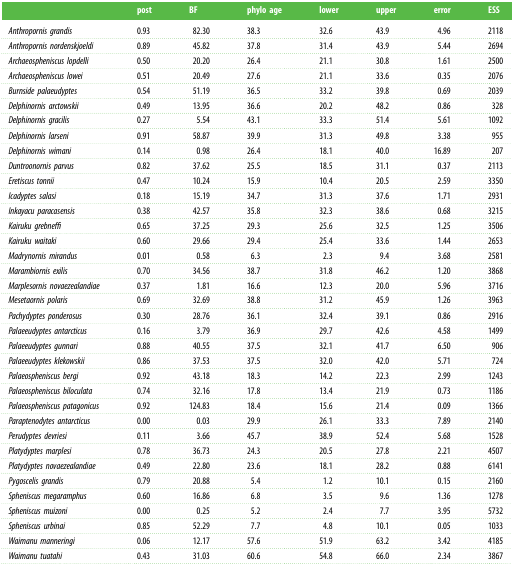
<table><thead><tr><td></td><td><b>post</b></td><td><b>BF</b></td><td><b>phylo age</b></td><td><b>lower</b></td><td><b>upper</b></td><td><b>error</b></td><td><b>ESS</b></td></tr></thead><tbody><tr><td><i>Anthropornis grandis</i></td><td>0.93</td><td>82.30</td><td>38.3</td><td>32.6</td><td>43.9</td><td>4.96</td><td>2118</td></tr><tr><td><i>Anthropornis nordenskjoeldi</i></td><td>0.89</td><td>45.82</td><td>37.8</td><td>31.4</td><td>43.9</td><td>5.44</td><td>2694</td></tr><tr><td><i>Archaeospheniscus lopdelli</i></td><td>0.50</td><td>20.20</td><td>26.4</td><td>21.1</td><td>30.8</td><td>1.61</td><td>2500</td></tr><tr><td><i>Archaeospheniscus lowei</i></td><td>0.51</td><td>20.49</td><td>27.6</td><td>21.1</td><td>33.6</td><td>0.35</td><td>2076</td></tr><tr><td><i>Burnside palaeudyptes</i></td><td>0.54</td><td>51.19</td><td>36.5</td><td>33.2</td><td>39.8</td><td>0.69</td><td>2039</td></tr><tr><td><i>Delphinornis arctowskii</i></td><td>0.49</td><td>13.95</td><td>36.6</td><td>20.2</td><td>48.2</td><td>0.86</td><td>328</td></tr><tr><td><i>Delphinornis gracilis</i></td><td>0.27</td><td>5.54</td><td>43.1</td><td>33.3</td><td>51.4</td><td>5.61</td><td>1092</td></tr><tr><td><i>Delphinornis larseni</i></td><td>0.91</td><td>58.87</td><td>39.9</td><td>31.3</td><td>49.8</td><td>3.38</td><td>955</td></tr><tr><td><i>Delphinornis wimani</i></td><td>0.14</td><td>0.98</td><td>26.4</td><td>18.1</td><td>40.0</td><td>16.89</td><td>207</td></tr><tr><td><i>Duntroonornis parvus</i></td><td>0.82</td><td>37.62</td><td>25.5</td><td>18.5</td><td>31.1</td><td>0.37</td><td>2113</td></tr><tr><td><i>Eretiscus tonnii</i></td><td>0.47</td><td>10.24</td><td>15.9</td><td>10.4</td><td>20.5</td><td>2.59</td><td>3350</td></tr><tr><td><i>Icadyptes salasi</i></td><td>0.18</td><td>15.19</td><td>34.7</td><td>31.3</td><td>37.6</td><td>1.71</td><td>2931</td></tr><tr><td><i>Inkayacu paracasensis</i></td><td>0.38</td><td>42.57</td><td>35.8</td><td>32.3</td><td>38.6</td><td>0.68</td><td>3215</td></tr><tr><td><i>Kairuku grebneffi</i></td><td>0.65</td><td>37.25</td><td>29.3</td><td>25.6</td><td>32.5</td><td>1.25</td><td>3506</td></tr><tr><td><i>Kairuku waitaki</i></td><td>0.60</td><td>29.66</td><td>29.4</td><td>25.4</td><td>33.6</td><td>1.44</td><td>2653</td></tr><tr><td><i>Madrynornis mirandus</i></td><td>0.01</td><td>0.58</td><td>6.3</td><td>2.3</td><td>9.4</td><td>3.68</td><td>2581</td></tr><tr><td><i>Marambiornis exilis</i></td><td>0.70</td><td>34.56</td><td>38.7</td><td>31.8</td><td>46.2</td><td>1.20</td><td>3868</td></tr><tr><td><i>Marplesornis novaezealandiae</i></td><td>0.37</td><td>1.81</td><td>16.6</td><td>12.3</td><td>20.0</td><td>5.96</td><td>3716</td></tr><tr><td><i>Mesetaornis polaris</i></td><td>0.69</td><td>32.69</td><td>38.8</td><td>31.2</td><td>45.9</td><td>1.26</td><td>3963</td></tr><tr><td><i>Pachydyptes ponderosus</i></td><td>0.30</td><td>28.76</td><td>36.1</td><td>32.4</td><td>39.1</td><td>0.86</td><td>2916</td></tr><tr><td><i>Palaeeudyptes antarcticus</i></td><td>0.16</td><td>3.79</td><td>36.9</td><td>29.7</td><td>42.6</td><td>4.58</td><td>1499</td></tr><tr><td><i>Palaeeudyptes gunnari</i></td><td>0.88</td><td>40.55</td><td>37.5</td><td>32.1</td><td>41.7</td><td>6.50</td><td>906</td></tr><tr><td><i>Palaeeudyptes klekowskii</i></td><td>0.86</td><td>37.53</td><td>37.5</td><td>32.0</td><td>42.0</td><td>5.71</td><td>724</td></tr><tr><td><i>Palaeospheniscus bergi</i></td><td>0.92</td><td>43.18</td><td>18.3</td><td>14.2</td><td>22.3</td><td>2.99</td><td>1243</td></tr><tr><td><i>Palaeospheniscus biloculata</i></td><td>0.74</td><td>32.16</td><td>17.8</td><td>13.4</td><td>21.9</td><td>0.73</td><td>1186</td></tr><tr><td><i>Palaeospheniscus patagonicus</i></td><td>0.92</td><td>124.83</td><td>18.4</td><td>15.6</td><td>21.4</td><td>0.09</td><td>1366</td></tr><tr><td><i>Paraptenodytes antarcticus</i></td><td>0.00</td><td>0.03</td><td>29.9</td><td>26.1</td><td>33.3</td><td>7.89</td><td>2140</td></tr><tr><td><i>Perudyptes devriesi</i></td><td>0.11</td><td>3.66</td><td>45.7</td><td>38.9</td><td>52.4</td><td>5.68</td><td>1528</td></tr><tr><td><i>Platydyptes marplesi</i></td><td>0.78</td><td>36.73</td><td>24.3</td><td>20.5</td><td>27.8</td><td>2.21</td><td>4507</td></tr><tr><td><i>Platydyptes novaezealandiae</i></td><td>0.49</td><td>22.80</td><td>23.6</td><td>18.1</td><td>28.2</td><td>0.88</td><td>6141</td></tr><tr><td><i>Pygoscelis grandis</i></td><td>0.79</td><td>20.88</td><td>5.4</td><td>1.2</td><td>10.1</td><td>0.15</td><td>2160</td></tr><tr><td><i>Spheniscus megaramphus</i></td><td>0.60</td><td>16.86</td><td>6.8</td><td>3.5</td><td>9.6</td><td>1.36</td><td>1278</td></tr><tr><td><i>Spheniscus muizoni</i></td><td>0.00</td><td>0.25</td><td>5.2</td><td>2.4</td><td>7.7</td><td>3.95</td><td>5732</td></tr><tr><td><i>Spheniscus urbinai</i></td><td>0.85</td><td>52.29</td><td>7.7</td><td>4.8</td><td>10.1</td><td>0.05</td><td>1033</td></tr><tr><td><i>Waimanu manneringi</i></td><td>0.06</td><td>12.17</td><td>57.6</td><td>51.9</td><td>63.2</td><td>3.42</td><td>4185</td></tr><tr><td><i>Waimanu tuatahi</i></td><td>0.43</td><td>31.03</td><td>60.6</td><td>54.8</td><td>66.0</td><td>2.34</td><td>3867</td></tr></tbody></table>